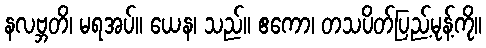
နလဗ္ဘတိ၊ မရအပ်။ ယေန၊ သည်။ ဧကော၊ တသပိတ်ပြည့်မုန့်ကို။